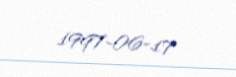
1997-06-17